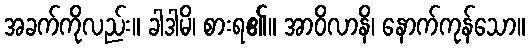
အခက်ကိုလည်း။ ခါဒါမိ၊ စားရ၏။ အာဝိလာနိ၊ နောက်ကုန်သော။